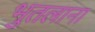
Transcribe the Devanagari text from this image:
भुतलाना